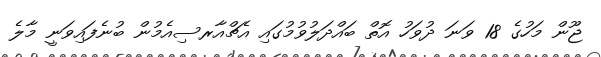
ޖޫން މަހުގެ 18 ވަނަ ދުވަހު އޮތް ބައްދަލުވުމުގައި އެޗްއާރސިއެމުން ބުނެފައިވަނީ މާލެ